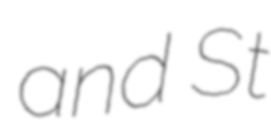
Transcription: and St